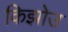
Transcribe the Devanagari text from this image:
किझोउ